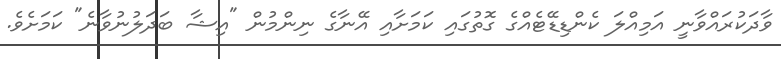
ވާދަކުރައްވާނީ އަމިއްލަ ކެންޑިޑޭޓެއްގެ ގޮތުގައި ކަމަށާއި އޭނާގެ ނިންމުން "އިޝާ ބަދަލުނުވާނެ" ކަމަށެވެ.